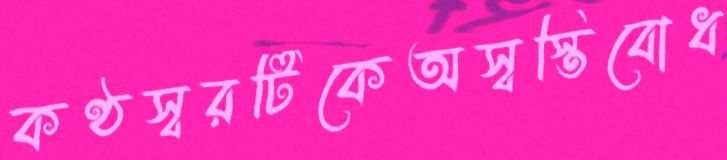
কণ্ঠস্বরটিকেঅস্বস্তিবোধ